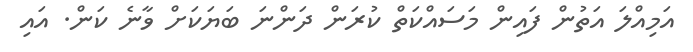
އަމިއްލަ އަތުން ފައިން މަސައްކަތް ކުރަން ދަންނަ ބަޔަކަށް ވާނެ ކަން. އައި